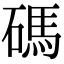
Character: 碼